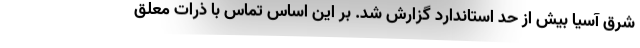
شرق آسیا بیش از حد استاندارد گزارش شد. بر این اساس تماس با ذرات معلق